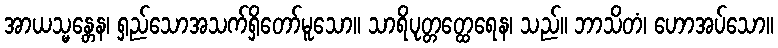
အာယသ္မန္တေန၊ ရှည်သောအသက်ရှိတော်မူသော။ သာရိပုတ္တတ္ထေရေန၊ သည်။ ဘာသိတံ၊ ဟောအပ်သော။